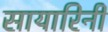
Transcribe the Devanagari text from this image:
सायारिनी